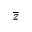
\overline { z }